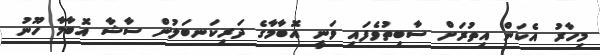
މިހާރު އެކަން އިތުރަށް ސާބިތުވެފައި ވަނީ އޮބާމާގެ ދަރިކަނބަލުން ސާޝާ އޮބާމާ ހޫނު